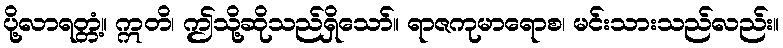
ပို့လာရတ္တံ့။ ဣတိ၊ ဤသို့ဆိုသည်ရှိသော်။ ရာဇကုမာရောစ၊ မင်းသားသည်လည်း။